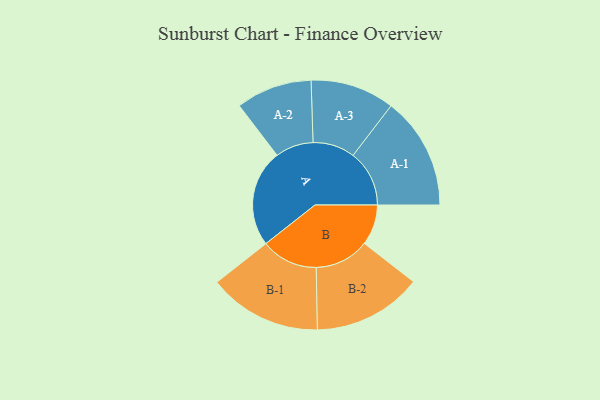
{"axis": {"x": "Segment", "y": "Value"}, "legend": ["", "A", "B"], "data": [{"x": "A", "y": 465, "type": ""}, {"x": "B", "y": 194, "type": ""}, {"x": "A-1", "y": 269, "type": "A"}, {"x": "A-2", "y": 182, "type": "A"}, {"x": "A-3", "y": 201, "type": "A"}, {"x": "B-1", "y": 271, "type": "B"}, {"x": "B-2", "y": 261, "type": "B"}]}